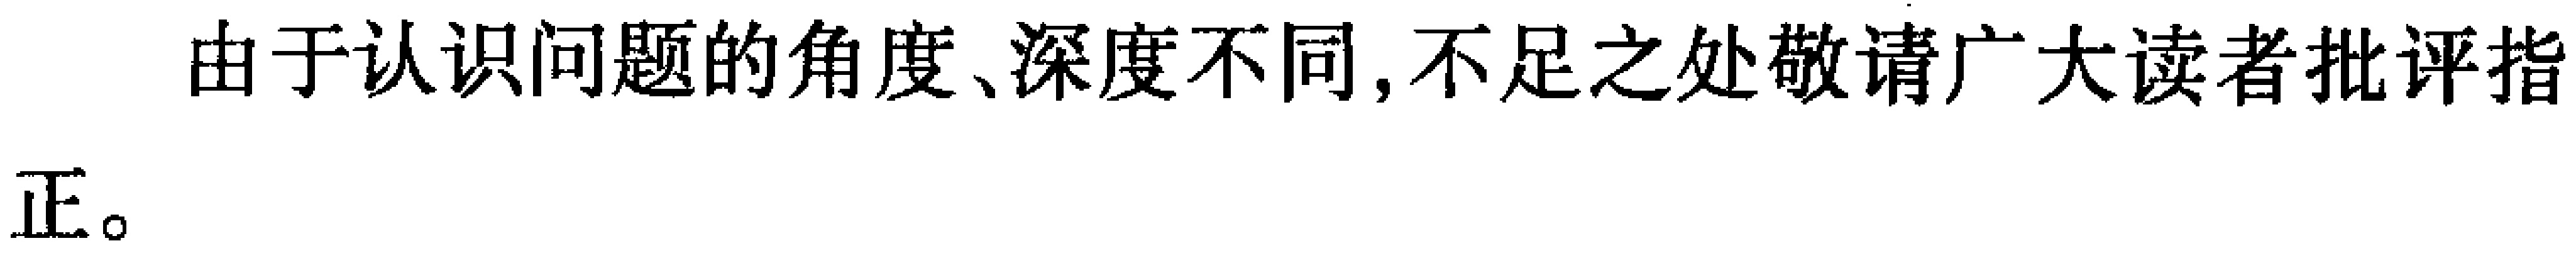
由于认识问题的角度、深度不同,不足之处敬请广大读者批评指正。